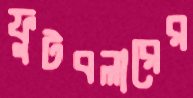
ফুটবলারের